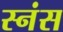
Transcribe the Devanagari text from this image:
स्नंस